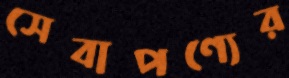
সেবাপণ্যের